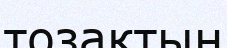
тозақтың